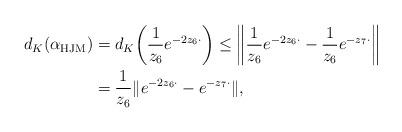
LaTeX: \begin{align*}d_K ( \alpha_{\rm HJM} ) &= d_K \bigg( \frac{1}{z_6} e^{-2 z_6 \cdot} \bigg) \leq \bigg\| \frac{1}{z_6} e^{-2 z_6 \cdot} - \frac{1}{z_6} e^{-z_7 \cdot} \bigg\|\\ &= \frac{1}{z_6} \| e^{-2 z_6 \cdot} - e^{-z_7 \cdot} \|,\end{align*}